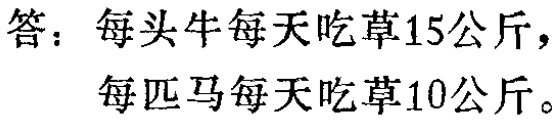
答：每头牛每天吃草15公斤，
每匹马每天吃草10公斤。